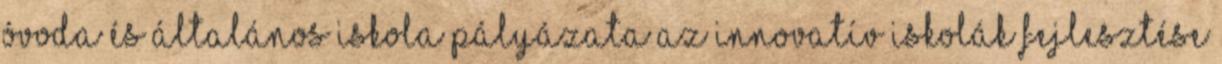
Óvoda és Általános Iskola pályázata az innovatív iskolák fejlesztése